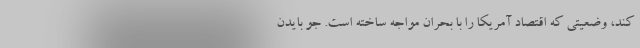
کند، وضعیتی که اقتصاد آمریکا را با بحران مواجه ساخته است. جو بایدن